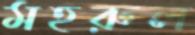
মহরুল